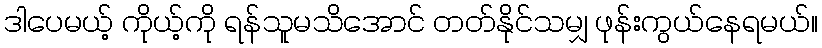
ဒါပေမယ့် ကိုယ့်ကို ရန်သူမသိအောင် တတ်နိုင်သမျှ ဖုန်းကွယ်နေရမယ်။